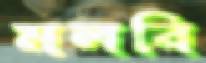
মলবি